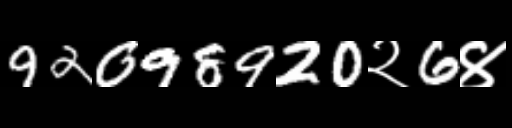
Text: 92098920२6४